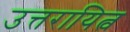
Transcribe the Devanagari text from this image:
उत्तरायित्व